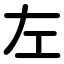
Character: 左